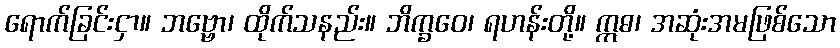
ရောက်ခြင်းငှာ။ ဘဗ္ဗော၊ ထိုက်သနည်း။ ဘိက္ခဝေ၊ ရဟန်းတို့။ ဣဓ၊ အဆုံးအမဖြစ်သော